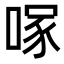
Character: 𭉇